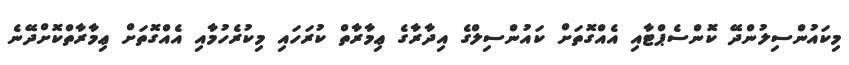
މިކައުންސިލުންދޭ ކޮންސެޕްޓާއި އެއްގޮތަށް ކައުންސިލްގެ އިދާރާގެ ޢިމާރާތް ކުރަހައި މިކުރެހުމާއި އެއްގޮތަށް ޢިމާރާތްކޮށްދޭނެ